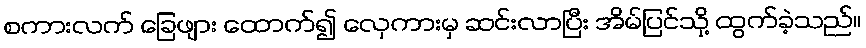
စကားလက် ခြေဖျား ထောက်၍ လှေကားမှ ဆင်းလာပြီး အိမ်ပြင်သို့ ထွက်ခဲ့သည်။